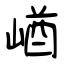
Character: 崷